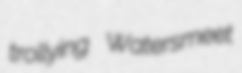
trollying Watersmeet